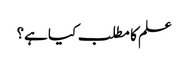
علم کا مطلب کیا ہے؟